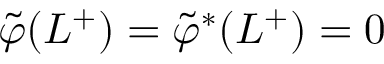
\tilde { \varphi } ( L ^ { + } ) = \tilde { \varphi } ^ { \ast } ( L ^ { + } ) = 0